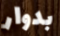
بدوار